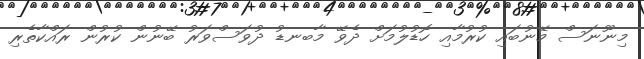
މިނޫނަސް މޭނުބައި ކުރުމާއި ހޮޑުލުމަށް ދެވޭ މާބނޑު ދުވަސްވަރު ބޭނުން ކުރުން ރައްކާތެރި